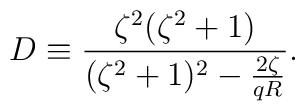
D \equiv \frac{\zeta^2 (\zeta^2 + 1)}{(\zeta^2 + 1)^2 - \frac{2\zeta}{qR}}.